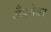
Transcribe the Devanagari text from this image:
अँबसेडर